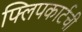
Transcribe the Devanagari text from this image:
फ्लिपकार्टची